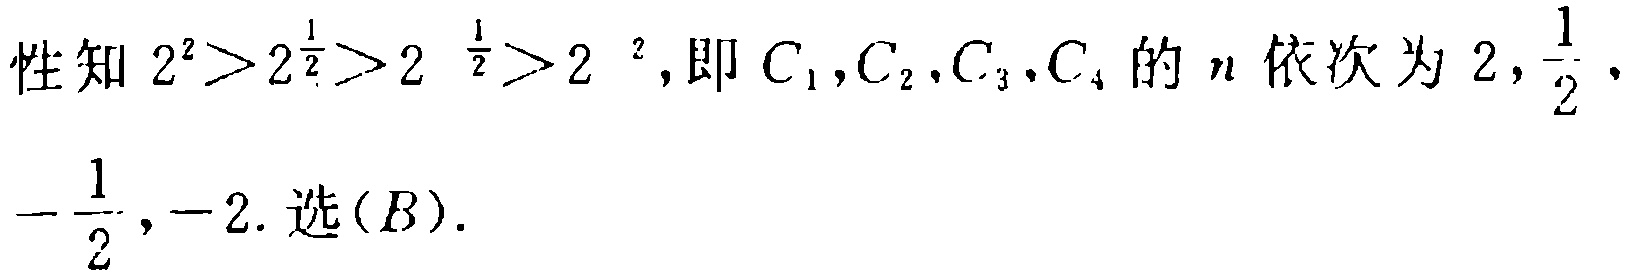
性知 \(2^{2}>2^{\frac{1}{2}}>2^{-\frac{1}{2}}>2^{- 2}\)，即 \(C_{1},C_{2},C_{3},C_{4}\) 的 \(n\) 依次为 \(2,\frac{1}{2},-\frac{1}{2},-2\). 选\((B)\).